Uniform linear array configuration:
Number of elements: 32
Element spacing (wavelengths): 0.25
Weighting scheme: binomial
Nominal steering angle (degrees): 45
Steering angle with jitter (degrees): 43.084
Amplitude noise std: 0.05
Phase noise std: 0.05

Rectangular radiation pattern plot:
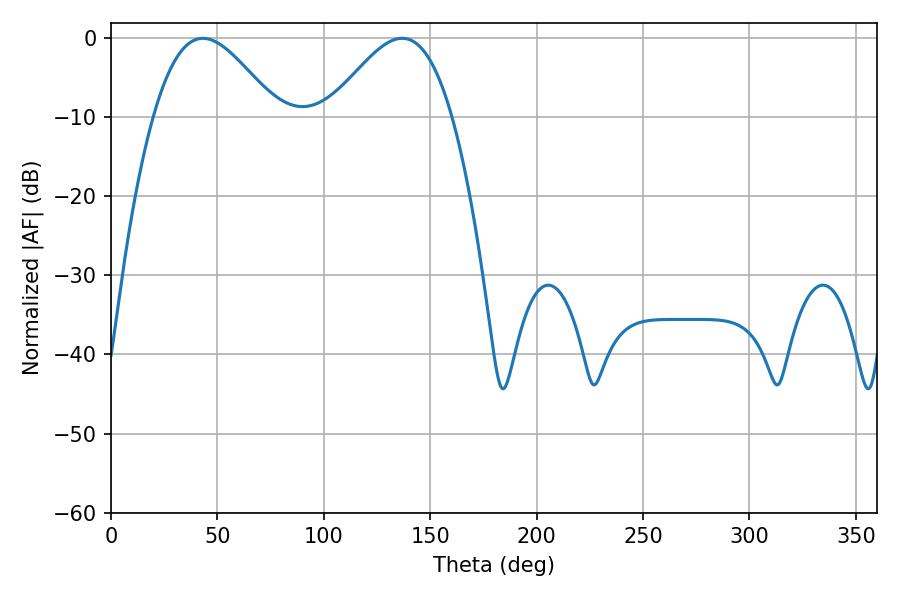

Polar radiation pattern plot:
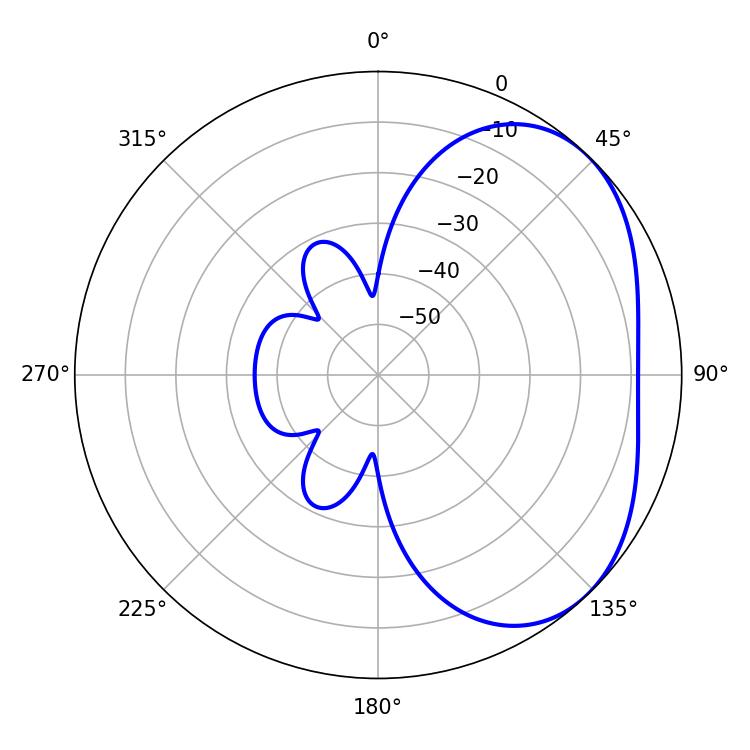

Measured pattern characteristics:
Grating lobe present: FALSE
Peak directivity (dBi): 3.535
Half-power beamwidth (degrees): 30.96
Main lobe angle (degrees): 43.2